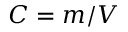
C = m / V